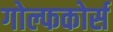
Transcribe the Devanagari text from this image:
गोल्फकोर्स